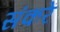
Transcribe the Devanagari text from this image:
संकरें